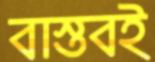
বাস্তবই